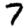
Digit: 7